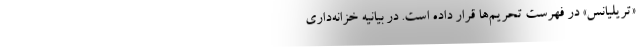
«تریلیانس» در فهرست تحریم‌ها قرار داده است. در بیانیه خزانه‌داری